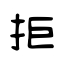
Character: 拒